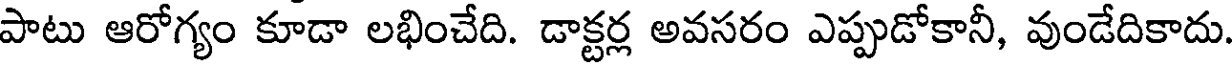
పాటు ఆరోగ్యం కూడా లభించేది. డాక్టర్ల అవసరం ఎప్పుడోకానీ, వుండేదికాదు.